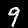
Label: 9